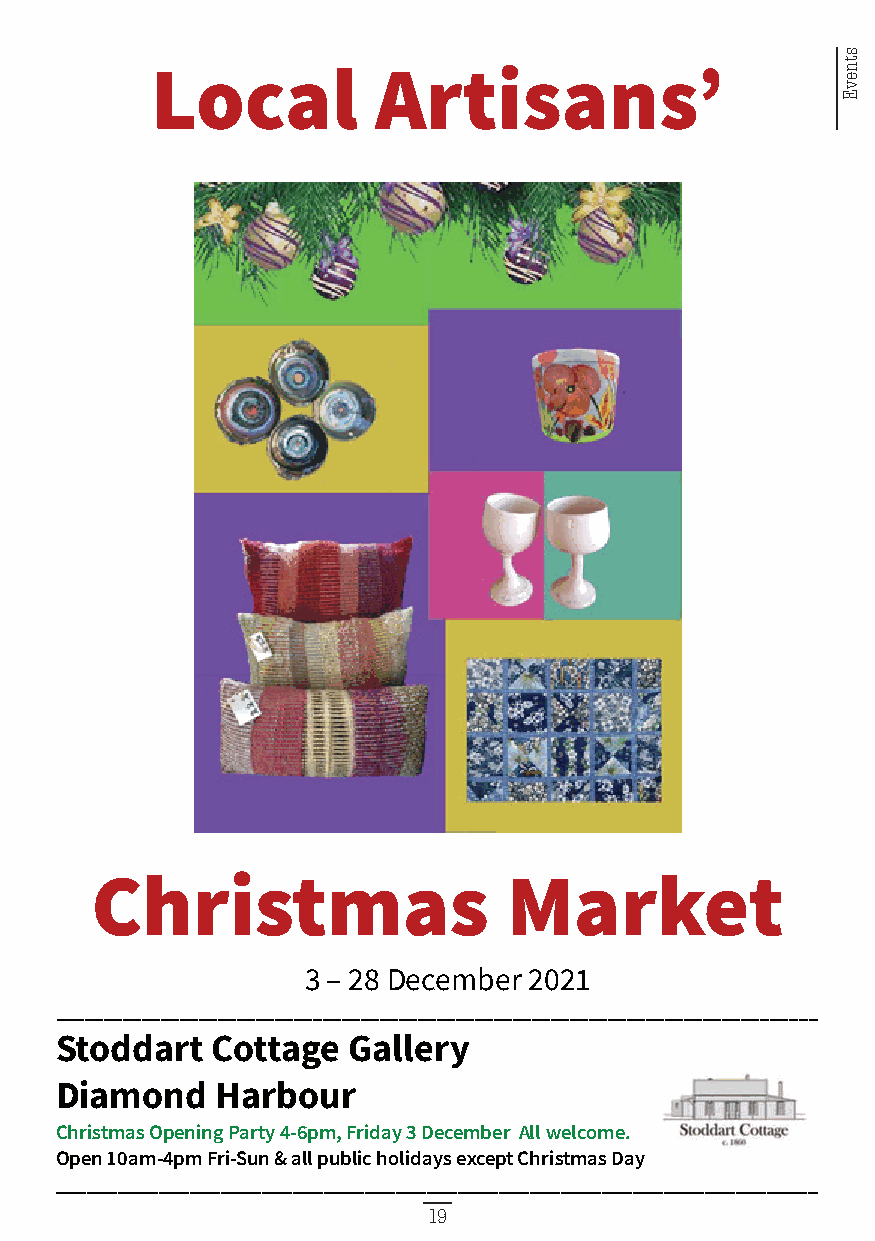
Local          Artisans’
 Christmas                  Market
 3 – 28 December 2021
 ________________________________________________________________________________
 Stoddart  Cottage  Gallery
 Diamond   Harbour
 Christmas Opening Party4-6pm, Friday3December All welcome.
 Open 10am-4pm Fri-Sun & all public holidays except Christmas Day
 __________________________________________________________________________
 19
 stnevE